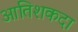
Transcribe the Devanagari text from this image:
आतिशकदा